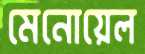
মেনোয়েল